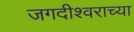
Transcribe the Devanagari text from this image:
जगदीश्‍वराच्या